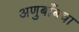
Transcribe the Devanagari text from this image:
अणुबाँबचा